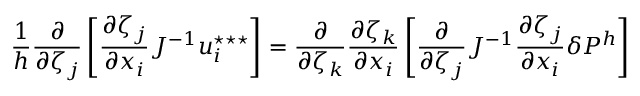
\frac { 1 } { { h } } \frac { \partial } { \partial \zeta _ { j } } \left[ \frac { \partial \zeta _ { j } } { \partial x _ { i } } J ^ { - 1 } u _ { i } ^ { \star \star \star } \right] = \frac { \partial } { \partial \zeta _ { k } } \frac { \partial \zeta _ { k } } { \partial x _ { i } } \left[ \frac { \partial } { \partial \zeta _ { j } } J ^ { - 1 } \frac { \partial \zeta _ { j } } { \partial x _ { i } } \delta P ^ { { h } } \right]